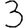
Digit: 3